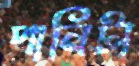
পানিটা